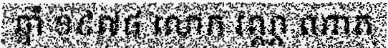
ឆ្នាំ ១៩៧៨ លោក វណ្ណ ណាត